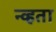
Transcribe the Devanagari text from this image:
न्व्हता